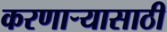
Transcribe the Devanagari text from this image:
करणाऱ्यासाठी